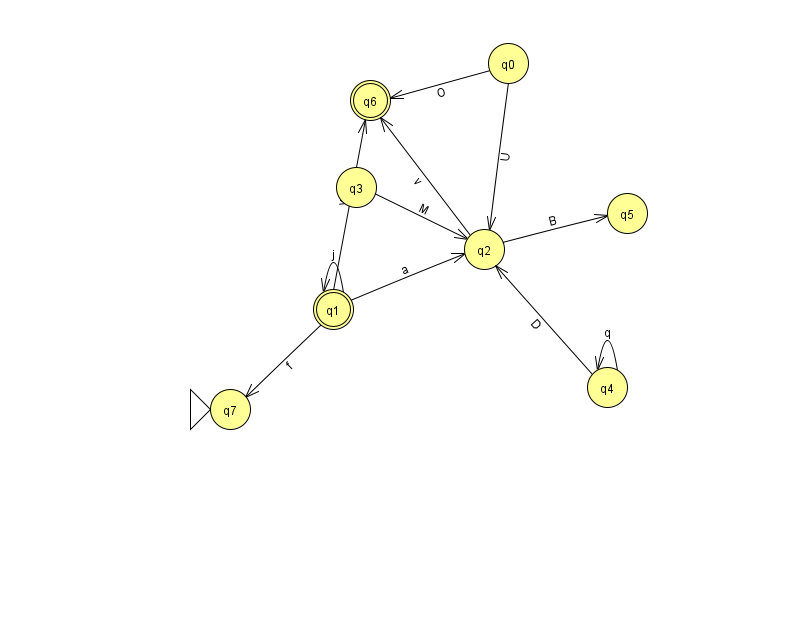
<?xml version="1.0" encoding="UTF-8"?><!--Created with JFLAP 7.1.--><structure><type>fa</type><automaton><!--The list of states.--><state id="0" name="q0"><x>508.0</x><y>50.0</y></state><state id="1" name="q1"><x>333.0</x><y>296.0</y><final/></state><state id="2" name="q2"><x>484.0</x><y>236.0</y></state><state id="3" name="q3"><x>356.0</x><y>174.0</y></state><state id="4" name="q4"><x>607.0</x><y>374.0</y></state><state id="5" name="q5"><x>627.0</x><y>200.0</y></state><state id="6" name="q6"><x>370.0</x><y>87.0</y><final/></state><state id="7" name="q7"><x>230.0</x><y>396.0</y><initial/></state><!--The list of transitions.--><transition><from>1</from><to>7</to><read>f</read></transition><transition><from>2</from><to>6</to><read>v</read></transition><transition><from>4</from><to>4</to><read>q</read></transition><transition><from>3</from><to>2</to><read>M</read></transition><transition><from>0</from><to>6</to><read>O</read></transition><transition><from>4</from><to>2</to><read>D</read></transition><transition><from>1</from><to>2</to><read>a</read></transition><transition><from>0</from><to>2</to><read>U</read></transition><transition><from>1</from><to>6</to><read>v</read></transition><transition><from>2</from><to>5</to><read>B</read></transition><transition><from>1</from><to>1</to><read>j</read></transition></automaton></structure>